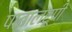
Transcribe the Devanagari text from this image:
पातालरूपी